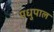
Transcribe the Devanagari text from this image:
मधुपाल